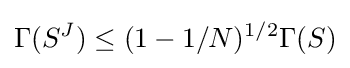
\Gamma (S^{J})\leq (1-1/N)^{1/2}\Gamma (S)